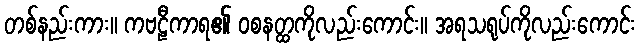
တစ်နည်းကား။ ကဗဠီကာရ၏ ဝစနတ္ထကိုလည်းကောင်း။ အရသရုပ်ကိုလည်းကောင်း